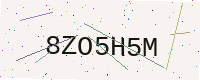
Text: 8ZO5H5M